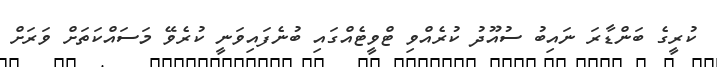
ކުރީގެ ބަންޑާރަ ނައިބު ސުއޫދު ކުރެއްވި ޓްވީޓެއްގައި ބުނެފައިވަނީ ކުރެވޭ މަސައްކަތަށް ވަރަށް